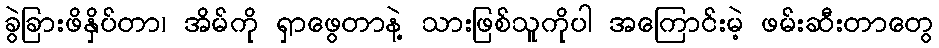
ခွဲခြားဖိနှိပ်တာ၊ အိမ်ကို ရှာဖွေတာနဲ့ သားဖြစ်သူကိုပါ အကြောင်းမဲ့ ဖမ်းဆီးတာတွေ